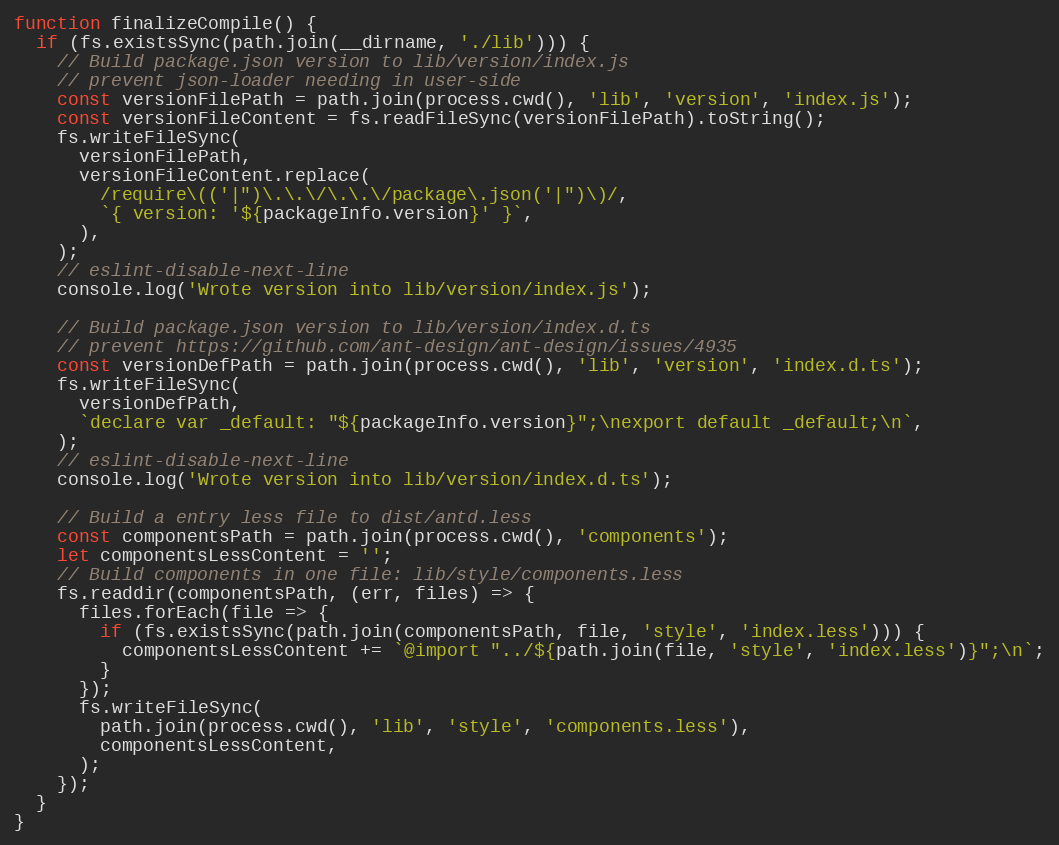
Language: JavaScript
function finalizeCompile() {
  if (fs.existsSync(path.join(__dirname, './lib'))) {
    // Build package.json version to lib/version/index.js
    // prevent json-loader needing in user-side
    const versionFilePath = path.join(process.cwd(), 'lib', 'version', 'index.js');
    const versionFileContent = fs.readFileSync(versionFilePath).toString();
    fs.writeFileSync(
      versionFilePath,
      versionFileContent.replace(
        /require\(('|")\.\.\/\.\.\/package\.json('|")\)/,
        `{ version: '${packageInfo.version}' }`,
      ),
    );
    // eslint-disable-next-line
    console.log('Wrote version into lib/version/index.js');

    // Build package.json version to lib/version/index.d.ts
    // prevent https://github.com/ant-design/ant-design/issues/4935
    const versionDefPath = path.join(process.cwd(), 'lib', 'version', 'index.d.ts');
    fs.writeFileSync(
      versionDefPath,
      `declare var _default: "${packageInfo.version}";\nexport default _default;\n`,
    );
    // eslint-disable-next-line
    console.log('Wrote version into lib/version/index.d.ts');

    // Build a entry less file to dist/antd.less
    const componentsPath = path.join(process.cwd(), 'components');
    let componentsLessContent = '';
    // Build components in one file: lib/style/components.less
    fs.readdir(componentsPath, (err, files) => {
      files.forEach(file => {
        if (fs.existsSync(path.join(componentsPath, file, 'style', 'index.less'))) {
          componentsLessContent += `@import "../${path.join(file, 'style', 'index.less')}";\n`;
        }
      });
      fs.writeFileSync(
        path.join(process.cwd(), 'lib', 'style', 'components.less'),
        componentsLessContent,
      );
    });
  }
}